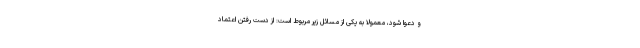
و دعوا شود، معمولا به یکی از مسائل زیر مربوط است: از دست رفتن اعتماد